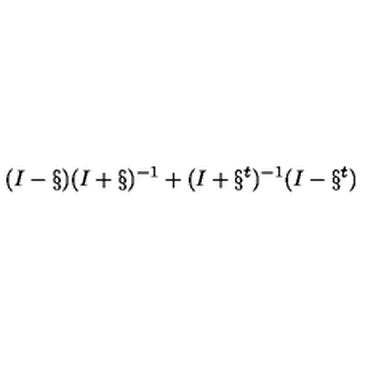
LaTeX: ( I - \S ) ( I + \S ) ^ { - 1 } + ( I + \S ^ { t } ) ^ { - 1 } ( I - \S ^ { t } )